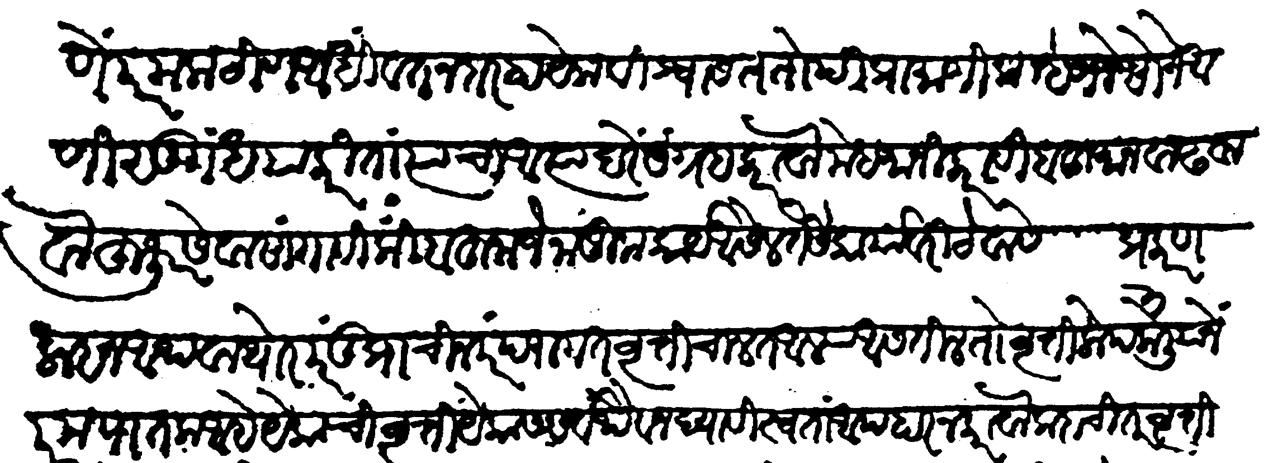
Transliteration (Devanagari): परम कठीण आधी वतनदार हा येक विश्वास ततोपि प्रमाणिक, म्हणजे सोनें आपिणे सुगंध याकरितां त्यांचा अत्यादरें संग्रह करावा मेहमानी करावी बहुमान वाढवावा हुजूर सेवा सांगावी किंबहुना में नाजूक कार्य आसेल तैसे कार्यावरी ठेवावे प्रकरण ३ प्रकरण ७ वृत्ति लाहन अथवा थोर परंतु प्राचीन परंपरागत वृत्ति चालत आल्या असतील तो वृत्तिलोप केलियाने परम पातक आहे येकाची वृत्ति येकास सर्वथैव न द्यावी स्वतां अपहार न करावा कदाचित् वृत्तिवंताने